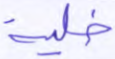
خلية